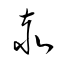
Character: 赤